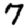
Digit: 7